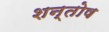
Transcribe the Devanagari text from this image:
शन्तोष